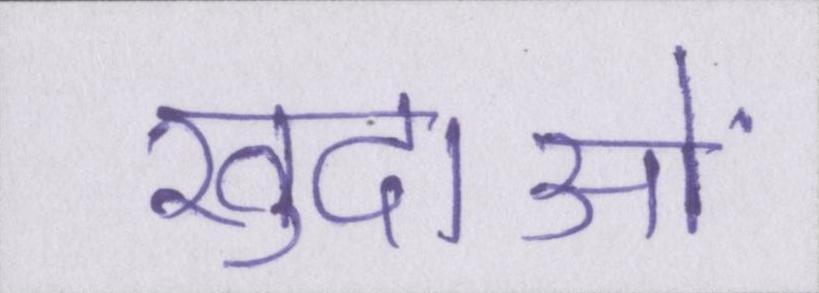
खुदाओं